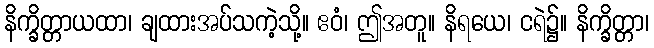
နိက္ခိတ္တာယထာ၊ ချထားအပ်သကဲ့သို့။ ဧဝံ၊ ဤအတူ။ နိရယေ၊ ငရဲ၌။ နိက္ခိတ္တာ၊